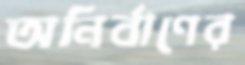
অনির্বাণের